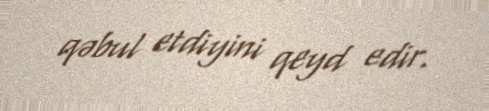
qəbul etdiyini qeyd edir.